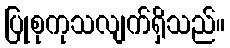
ပြုစုကုသလျက်ရှိသည်။